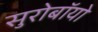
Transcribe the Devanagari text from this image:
सुरोबॉयो